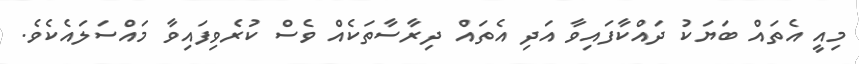
މިއީ އެތައް ބަޔަކު ދައްކާފައިވާ އަދި އެތައް ދިރާސާތަކެއް ވެސް ކުރެވިފައިވާ މައްސަލައެކެވެ.